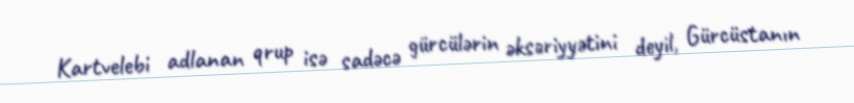
Kartvelebi adlanan qrup isə sadəcə gürcülərin əksəriyyətini deyil, Gürcüstanın